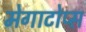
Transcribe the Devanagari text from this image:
मेगाटोप्स